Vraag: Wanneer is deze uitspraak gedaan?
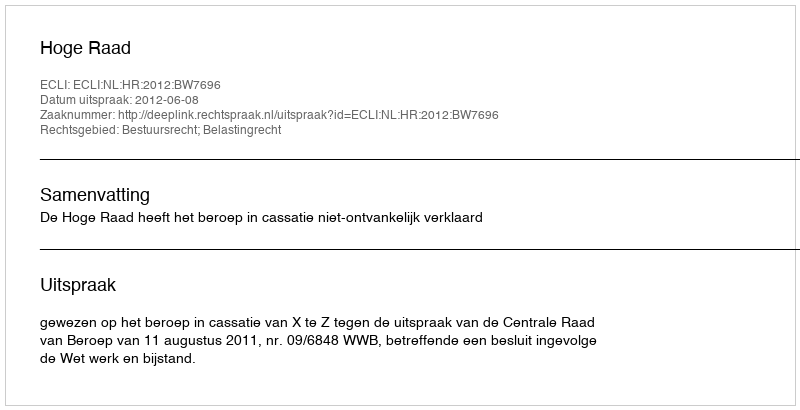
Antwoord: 2012-06-08